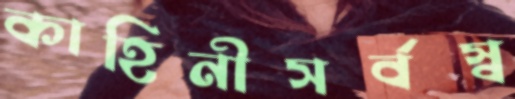
কাহিনীসর্বস্ব